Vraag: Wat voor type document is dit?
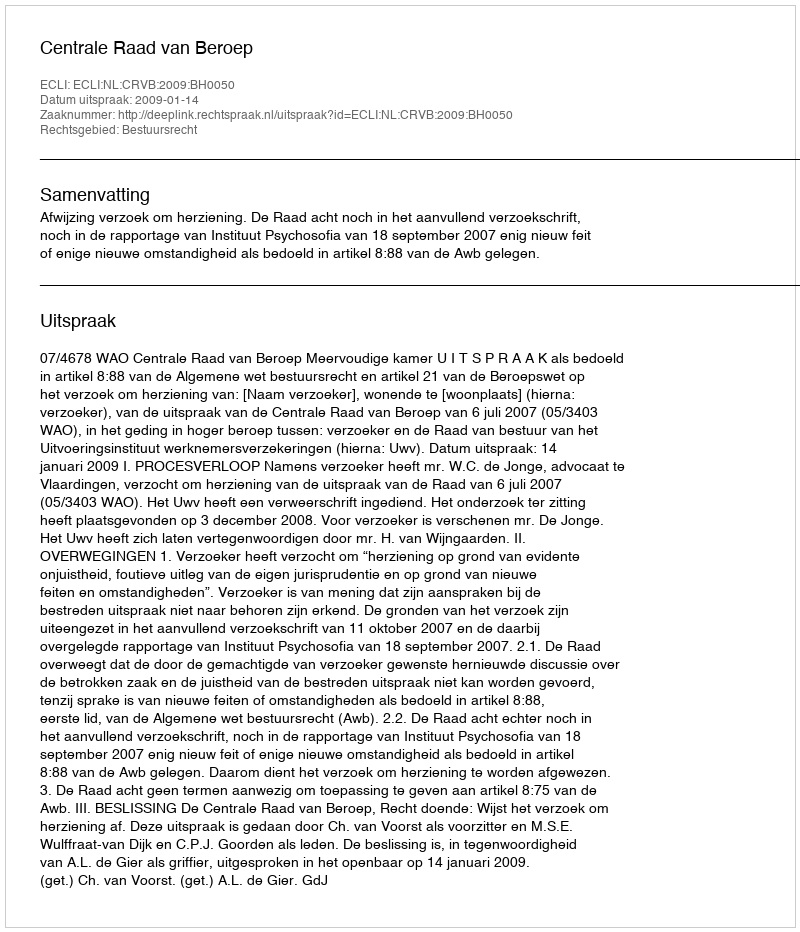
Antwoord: Uitspraak